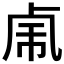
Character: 𰆆